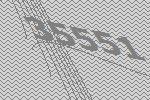
35551